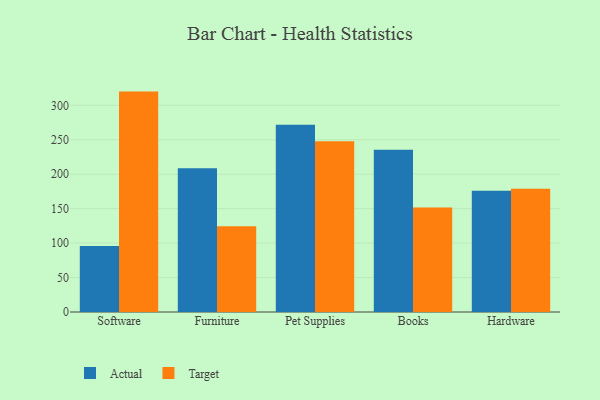
{"axis": {"x": "Category", "y": "Headcount"}, "legend": ["Actual", "Target"], "data": [{"x": "Software", "y": 95.7, "type": "Actual"}, {"x": "Software", "y": 319.9, "type": "Target"}, {"x": "Furniture", "y": 208.8, "type": "Actual"}, {"x": "Furniture", "y": 124.3, "type": "Target"}, {"x": "Pet Supplies", "y": 271.9, "type": "Actual"}, {"x": "Pet Supplies", "y": 247.7, "type": "Target"}, {"x": "Books", "y": 235.5, "type": "Actual"}, {"x": "Books", "y": 151.7, "type": "Target"}, {"x": "Hardware", "y": 175.9, "type": "Actual"}, {"x": "Hardware", "y": 179.0, "type": "Target"}]}